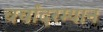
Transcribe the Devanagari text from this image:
चर्चांदरम्यान